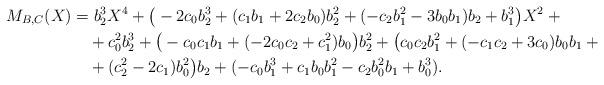
LaTeX: \begin{align*}M_{B,C}(X) &= b_2^3X^4 + \big(-2c_0b_2^3 + (c_1b_1 + 2c_2b_0)b_2^2 + (-c_2b_1^2 - 3b_0b_1)b_2 + b_1^3\big)X^2+{} \\ &\quad+ c_0^2b_2^3 + \big(-c_0c_1b_1 + (-2c_0c_2 + c_1^2)b_0\big)b_2^2 + \big(c_0c_2b_1^2 + (-c_1c_2 + 3c_0)b_0b_1+{} \\ &\quad+(c_2^2 - 2c_1)b_0^2\big)b_2 + (-c_0b_1^3 + c_1b_0b_1^2 - c_2b_0^2b_1 + b_0^3).\end{align*}